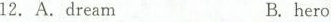
12.A.dreamB.hero